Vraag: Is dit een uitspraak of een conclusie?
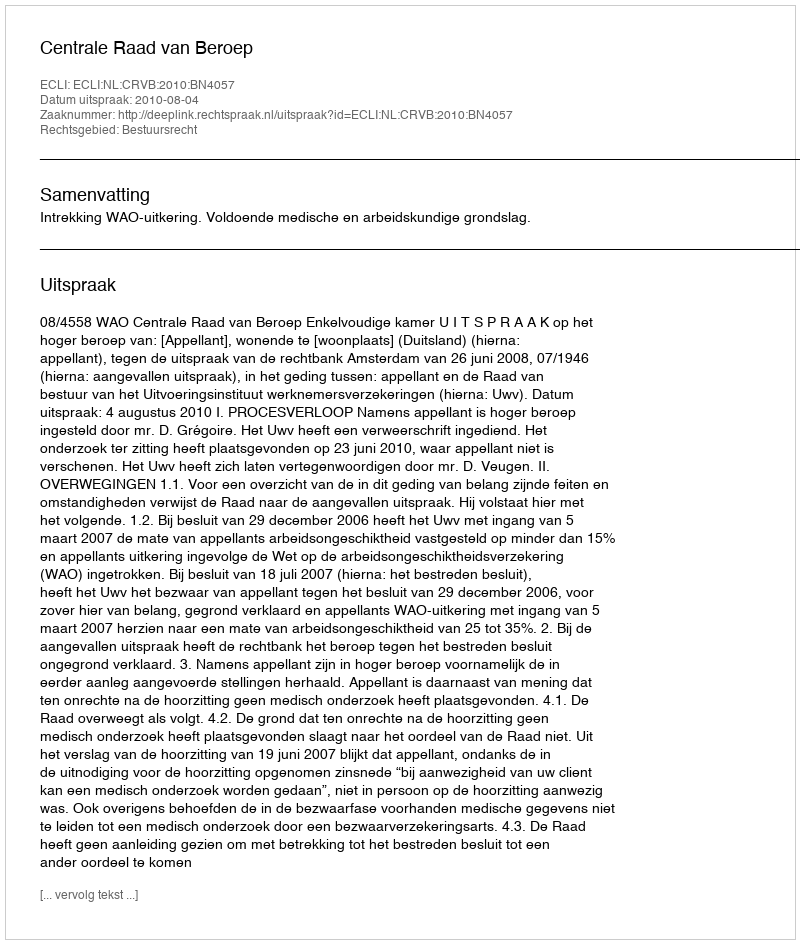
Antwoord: Uitspraak